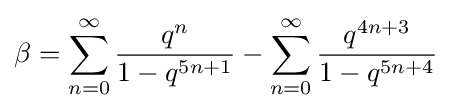
\beta =\sum _{n=0}^{\infty }{\frac {q^{n}}{1-q^{5n+1}}}-\sum _{n=0}^{\infty }{\frac {q^{4n+3}}{1-q^{5n+4}}}